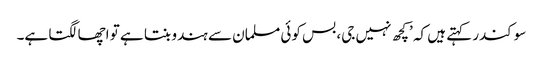
سوکندر کہتے ہیں کہ ’کچھ نہیں جی، بس کوئی مسلمان سے ہندو بنتا ہے تو اچھا لگتا ہے۔